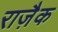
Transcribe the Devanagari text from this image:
राज़ैक